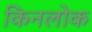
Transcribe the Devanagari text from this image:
किनलोक